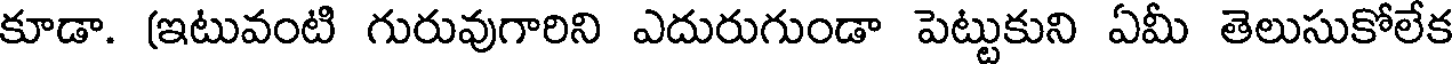
కూడా. (ఇటువంటి గురువుగారిని ఎదురుగుండా పెట్టుకుని ఏమీ తెలుసుకోలేక